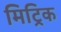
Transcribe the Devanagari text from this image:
मिट्रिक